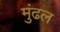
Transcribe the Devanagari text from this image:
मुंढल